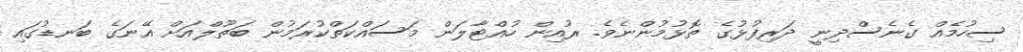
ސިހުމެއް ގެނެސްދިނީ ދަރިފުޅުގެ ތޮޅުމުންނެވެ. ރުއިން ހުއްޓާލަން މަސައްކަތްކުރަމުން ބަތޫލްއަށް އޭނަގެ ބަނޑުގައި